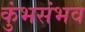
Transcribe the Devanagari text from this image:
कुंभसंभव